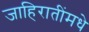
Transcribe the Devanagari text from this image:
जाहिरातींमधे